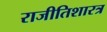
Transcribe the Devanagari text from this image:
राजीतिशारत्र